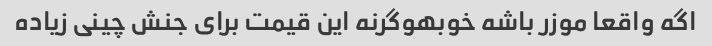
اگه واقعا موزر باشه خوبهوگرنه این قیمت برای جنش چینی زیاده